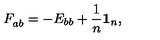
F _ { a b } ^ { } = - E _ { b b } + \frac { 1 } { n } \mathbf { 1 } _ { n } ,